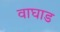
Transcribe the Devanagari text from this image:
वाघाड